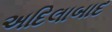
અદિલાબાદ